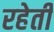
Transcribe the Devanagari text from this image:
रहेती